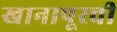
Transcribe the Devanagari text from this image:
खानापूरची